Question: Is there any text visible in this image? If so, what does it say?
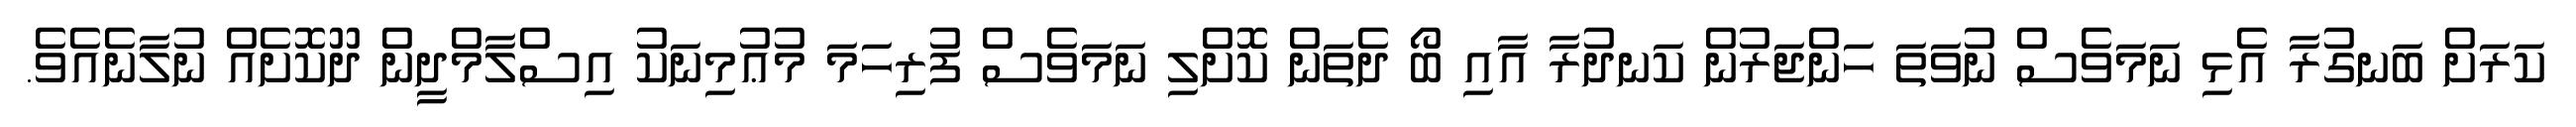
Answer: ކަރަށް ބަނގުރާ އެޅި ނަމަވެސް ނުވަތަ ހަންޖަރުން ކަނދުރާ އާއި ބޯ ދެތަން ކޮށްލި ނަމަވެސް ފުރިހަމަ މުޢުމިނަކު އިސްލާމްދީން ދޫކޮށެއް ނުލާނެއެވެ.